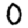
Digit: 0